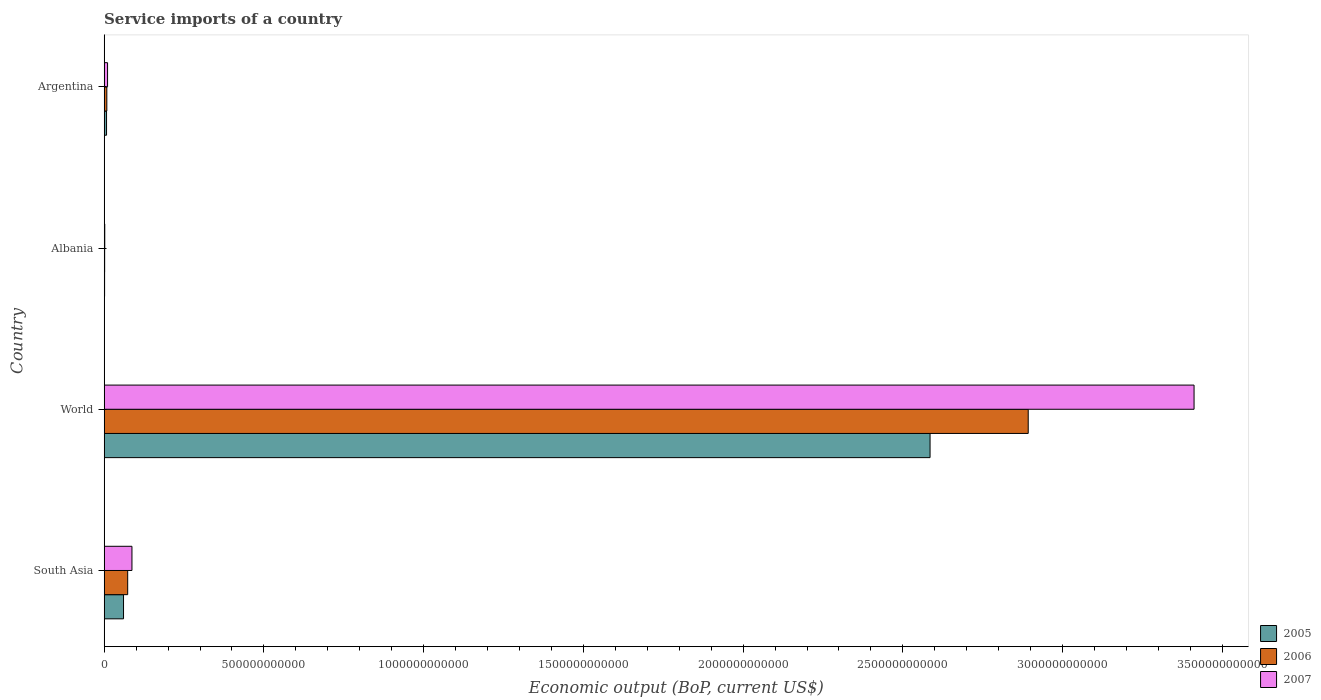
| Country | 2005 | 2006 | 2007 |
 | --- | --- | --- | --- |
 | South Asia | 6.07e+10 | 7.37e+10 | 8.7e+10 |
 | World | 2.59e+12 | 2.89e+12 | 3.41e+12 |
 | Albania | 1.38e+09 | 1.57e+09 | 1.92e+09 |
 | Argentina | 7.5e+09 | 8.39e+09 | 1.07e+10 |